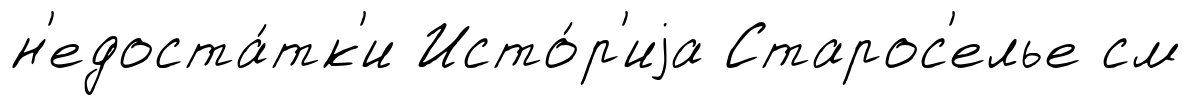
н'едоста́тк'и Исто́р'иjа Старос'елье см